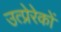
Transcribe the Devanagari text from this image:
उत्प्रेरेकों